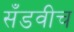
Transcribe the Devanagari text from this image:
सँडवीच